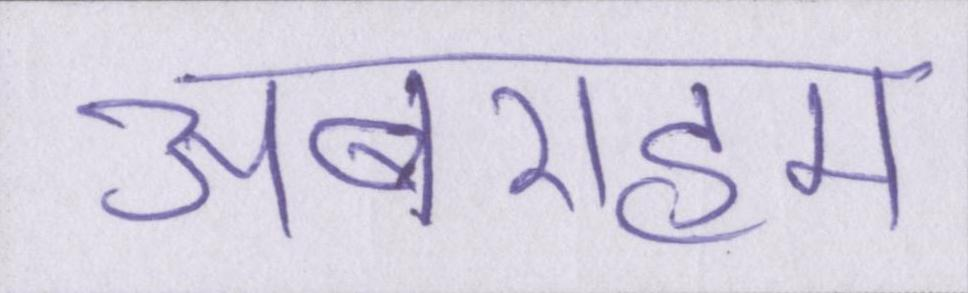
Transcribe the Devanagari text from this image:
अबराहम